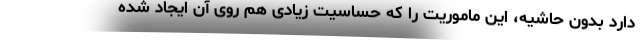
دارد بدون حاشیه، این ماموریت را که حساسیت زیادی هم روی آن ایجاد شده